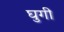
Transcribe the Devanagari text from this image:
घुगी